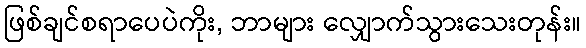
ဖြစ်ချင်စရာပေပဲကိုး, ဘာများ လျှောက်သွားသေးတုန်း။